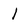
Character: l